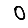
Digit: 0